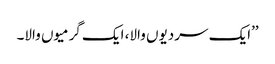
’’ایک سردیوں والا، ایک گرمیوں والا۔